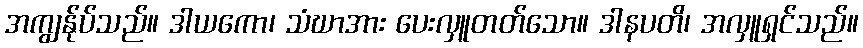
အကျွန်ုပ်သည်။ ဒါယကော၊ သံဃာအား ပေးလှူတတ်သော။ ဒါနပတိ၊ အလှူရှင်သည်။